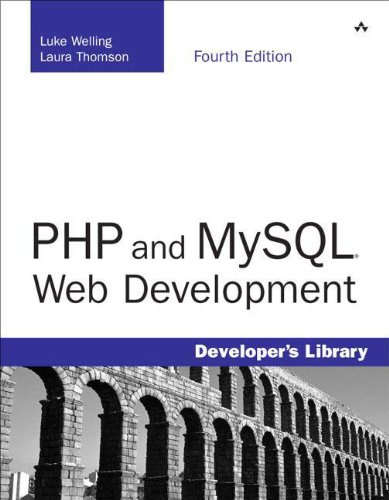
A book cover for PHP and MySQL Web Development (4th Edition); Luke Welling; Computers & Technology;